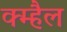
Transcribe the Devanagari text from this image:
क्म्हैल